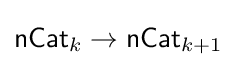
{\mathsf {nCat}}_{k}\to {\mathsf {nCat}}_{k+1}